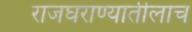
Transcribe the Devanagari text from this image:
राजघराण्यातीलाच